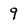
Character: 9